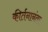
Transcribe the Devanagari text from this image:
कीर्तनानंतर